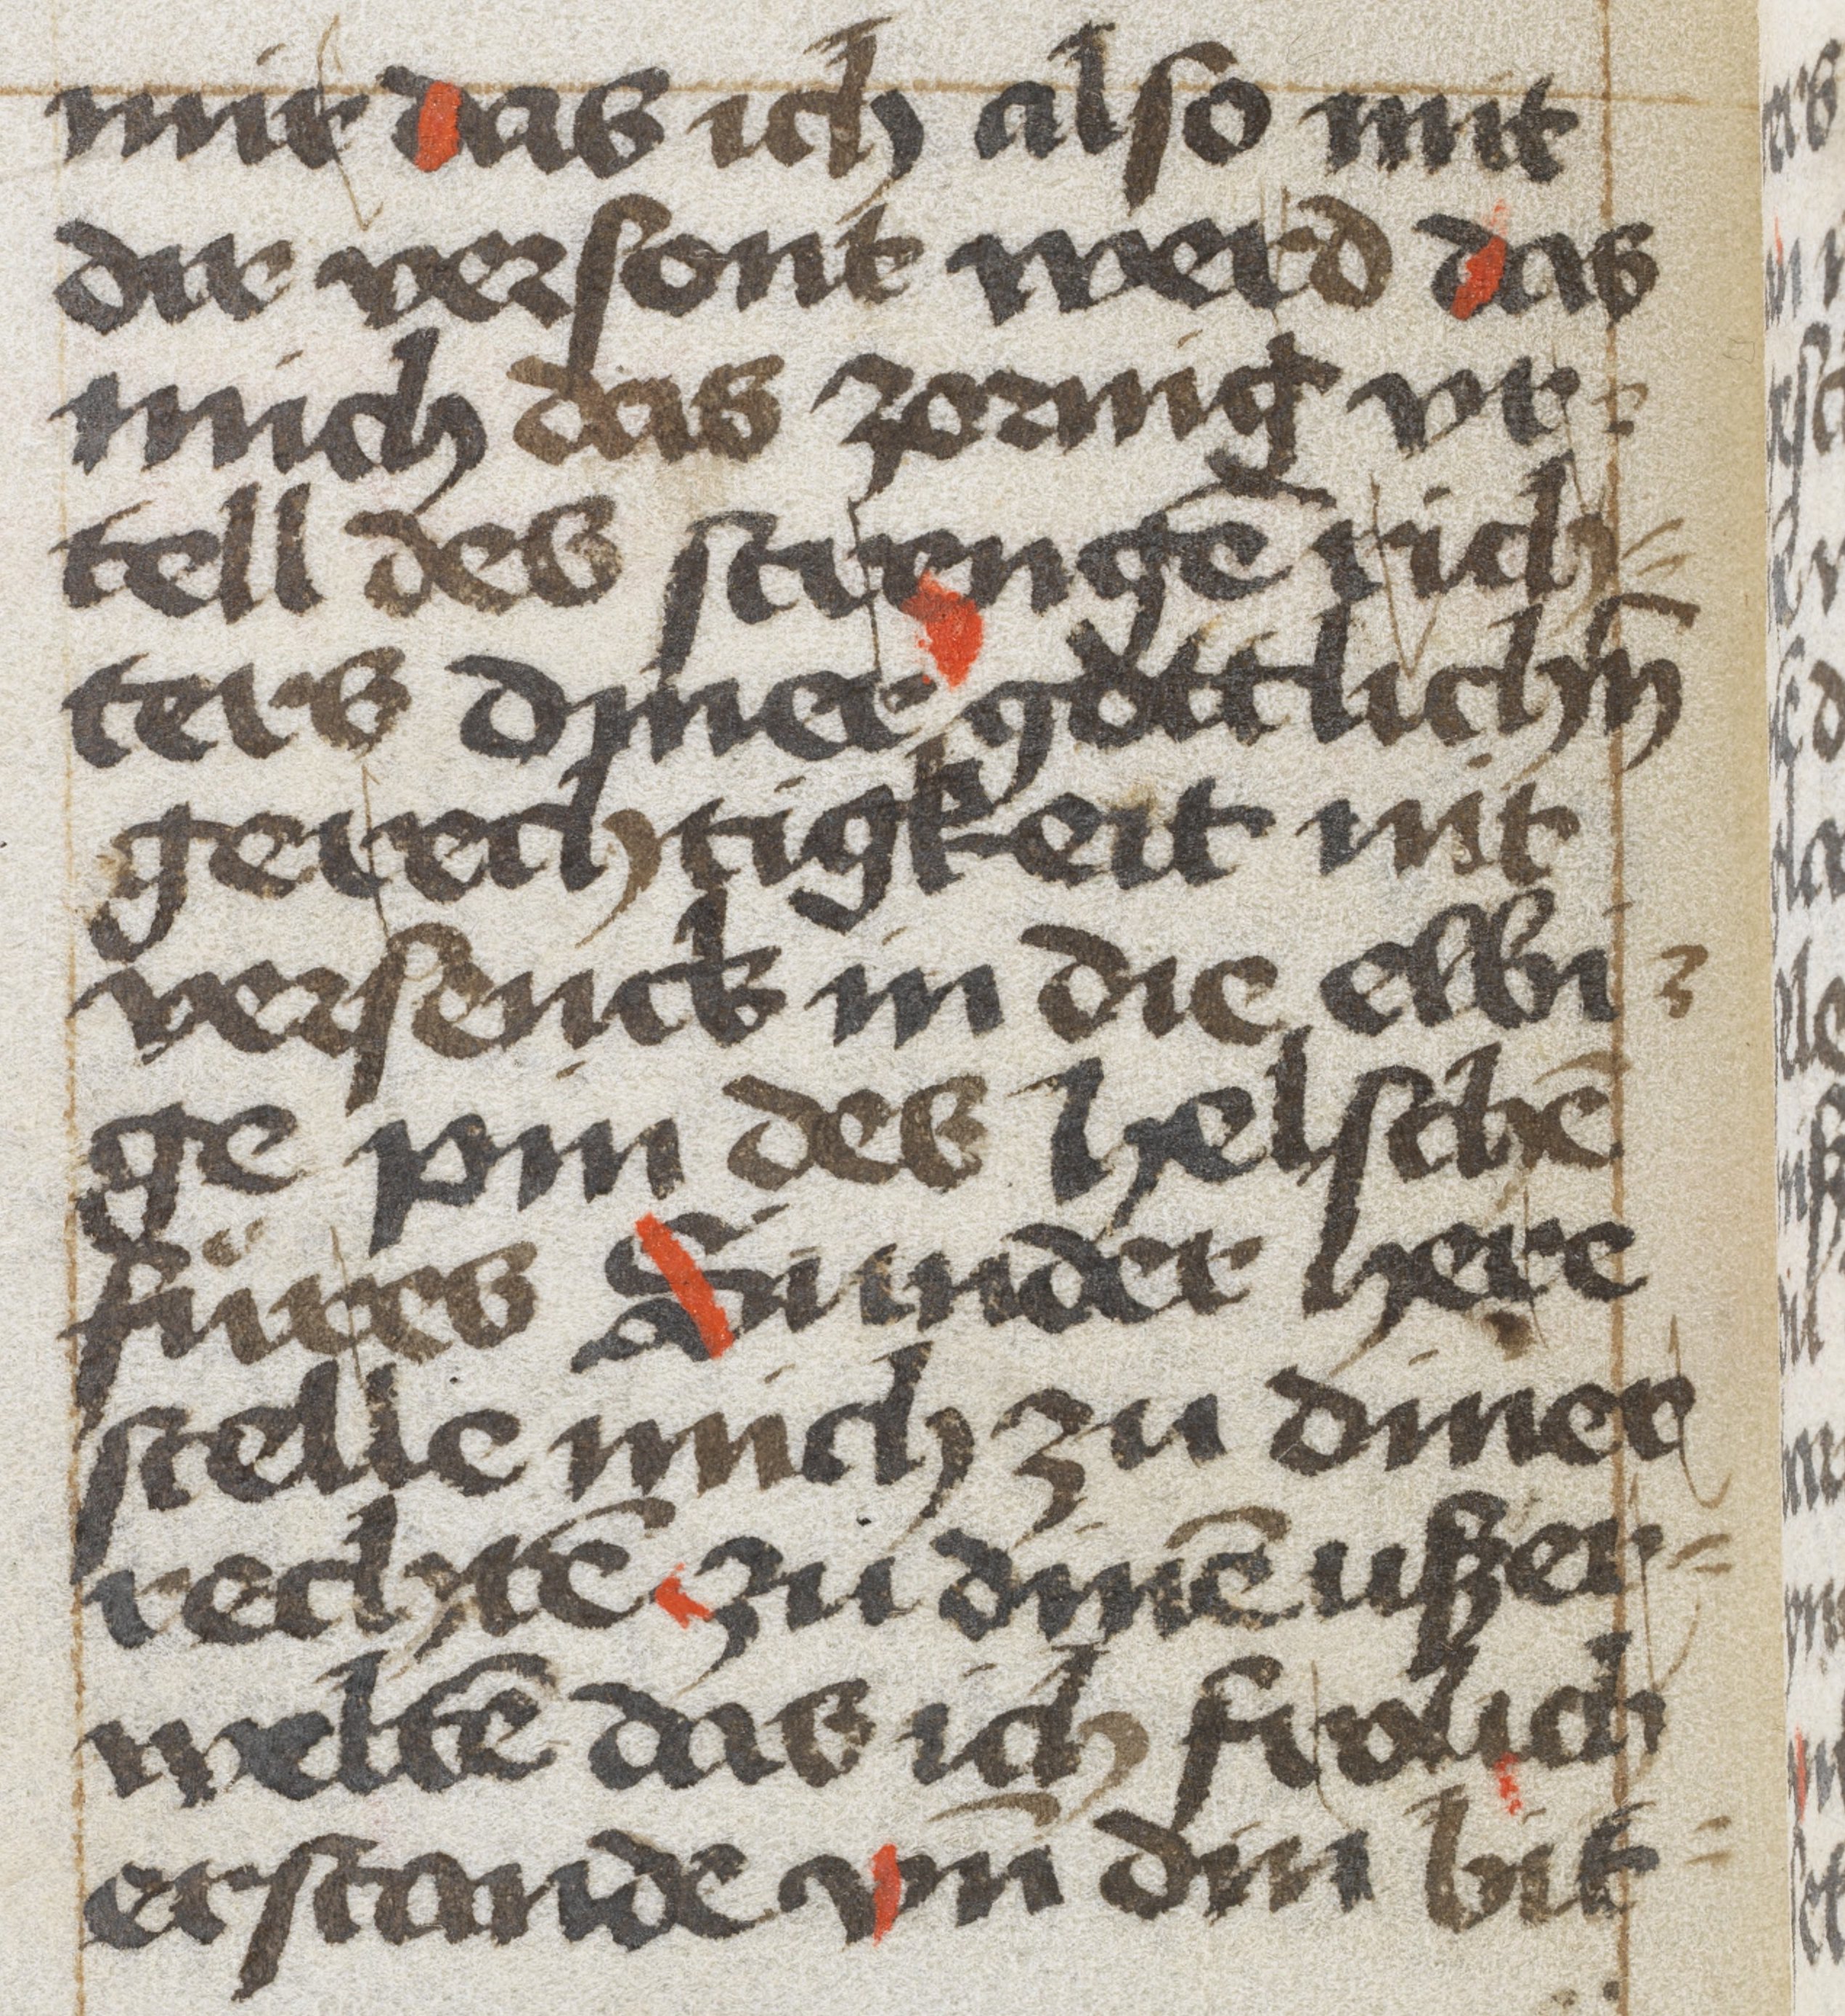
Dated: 1350–1499